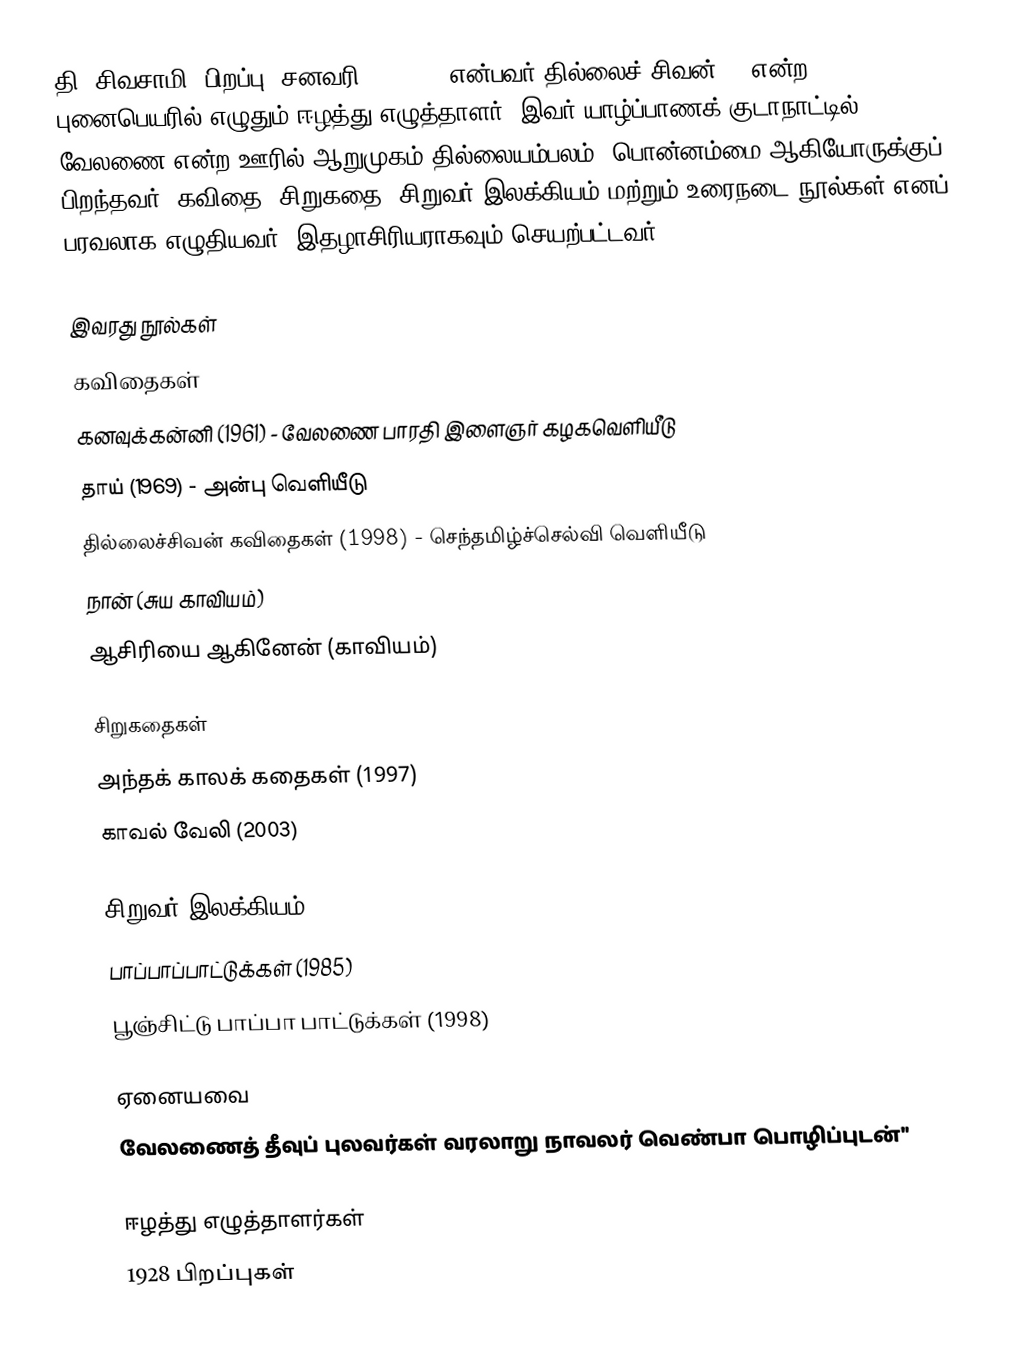
தி. சிவசாமி (பிறப்பு: சனவரி 5, 1928) என்பவர் தில்லைச் சிவன்''' என்ற புனைபெயரில் எழுதும் ஈழத்து எழுத்தாளர். இவர் யாழ்ப்பாணக் குடாநாட்டில் வேலணை என்ற ஊரில் ஆறுமுகம் தில்லையம்பலம், பொன்னம்மை ஆகியோருக்குப் பிறந்தவர். கவிதை, சிறுகதை, சிறுவர் இலக்கியம் மற்றும் உரைநடை நூல்கள் எனப் பரவலாக எழுதியவர். இதழாசிரியராகவும் செயற்பட்டவர்.

இவரது நூல்கள்
கவிதைகள்
 கனவுக்கன்னி (1961) - வேலணை பாரதி இளைஞர் கழகவெளியீடு
 தாய் (1969) - அன்பு வெளியீடு
 தில்லைச்சிவன் கவிதைகள் (1998) - செந்தமிழ்ச்செல்வி வெளியீடு
 நான் (சுய காவியம்)
 ஆசிரியை ஆகினேன் (காவியம்)

சிறுகதைகள்
 அந்தக் காலக் கதைகள் (1997)
 காவல் வேலி (2003)

சிறுவர் இலக்கியம்
 பாப்பாப்பாட்டுக்கள் (1985)
 பூஞ்சிட்டு பாப்பா பாட்டுக்கள் (1998)

ஏனையவை
 வேலணைத் தீவுப் புலவர்கள் வரலாறு நாவலர் வெண்பா பொழிப்புடன்''

ஈழத்து எழுத்தாளர்கள்
1928 பிறப்புகள்